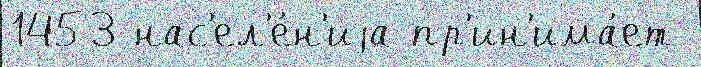
1453 нас'ел'е́н'иjа пр'ин'има́ет